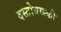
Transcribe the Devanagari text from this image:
दस्तोयव्स्की